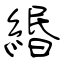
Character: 緡